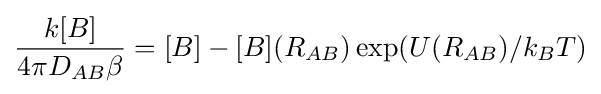
{\frac {k[B]}{4\pi D_{AB}\beta }}=[B]-[B](R_{AB})\exp(U(R_{AB})/k_{B}T)